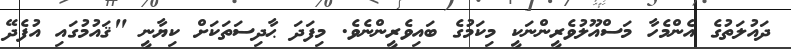
ދައުލަތުގެ އެންމެހާ މަސްއޫލުވެރީންނަކީ މިކަމުގެ ބައިވެރީންނެވެ. މިފަދަ ޙާދިސަތަކަށް ކިޔާނީ "ޤައުމުގައި އުފެދޭ